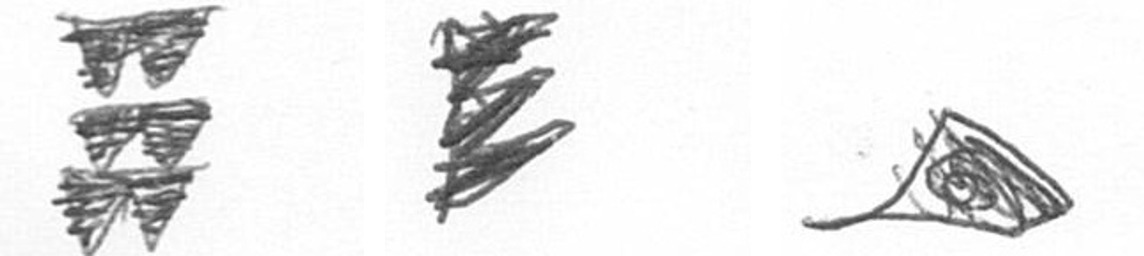
Y H O